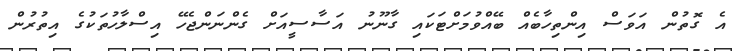
އެ ގޮތުން އަވަސް އިންތިހާބެއް ބޭއްވުމަށްޓަކައި ގާނޫނު އަސާސީއަށް ގެންނަންޖެހޭ އިސްލާހުތަކުގެ އިތުރުން